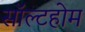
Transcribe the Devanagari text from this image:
सॉल्टहोम